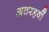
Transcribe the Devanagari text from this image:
अठरहवीं